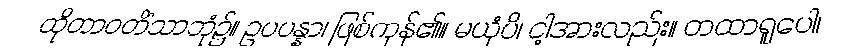
ထိုတာဝတိံသာဘုံ၌။ ဥပပန္နာ၊ ဖြစ်ကုန်၏။ မယှံပိ၊ ငါ့အားလည်း။ တထာရူပေါ၊